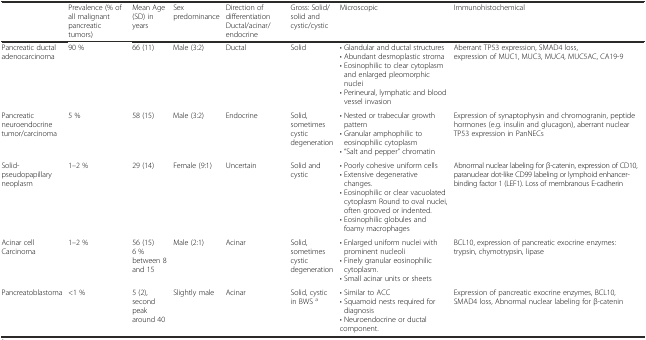
<table><thead><tr><td>[EMPTY_CELL]</td><td><b>Prevalence (% of all malignant pancreatic tumors)</b></td><td><b>Mean Age (SD) in years</b></td><td><b>Sex predominance</b></td><td><b>Direction of differentiation Ductal/acinar/endocrine</b></td><td><b>Gross: Solid/solid and cystic/cystic</b></td><td><b>Microscopic</b></td><td><b>Immunohistochemical</b></td></tr></thead><tbody><tr><td>Pancreatic ductal adenocarcinoma</td><td>90 %</td><td>66 (11)</td><td>Male (3:2)</td><td>Ductal</td><td>Solid</td><td>• Glandular and ductal structures• Abundant desmoplastic stroma• Eosinophilic to clear cytoplasm and enlarged pleomorphic nuclei• Perineural, lymphatic and blood vessel invasion</td><td>Aberrant TP53 expression, SMAD4 loss, expression of MUC1, MUC3, MUC4, MUC5AC, CA19-9</td></tr><tr><td>Pancreatic neuroendocrine tumor/carcinoma</td><td>5 %</td><td>58 (15)</td><td>Male (3:2)</td><td>Endocrine</td><td>Solid, sometimes cystic degeneration</td><td>• Nested or trabecular growth pattern• Granular amphophilic to eosinophilic cytoplasm• “Salt and pepper” chromatin</td><td>Expression of synaptophysin and chromogranin, peptide hormones (e.g. insulin and glucagon), aberrant nuclear TP53 expression in PanNECs</td></tr><tr><td>Solid-pseudopapillary neoplasm</td><td>1–2 %</td><td>29 (14)</td><td>Female (9:1)</td><td>Uncertain</td><td>Solid and cystic</td><td>• Poorly cohesive uniform cells• Extensive degenerative changes.• Eosinophilic or clear vacuolated cytoplasm Round to oval nuclei, often grooved or indented.• Eosinophilic globules and foamy macrophages</td><td>Abnormal nuclear labeling for β-catenin, expression of CD10, paranuclear dot-like CD99 labeling or lymphoid enhancer-binding factor 1 (LEF1). Loss of membranous E-cadherin</td></tr><tr><td>Acinar cell Carcinoma</td><td>1–2 %</td><td>56 (15) 6 % between 8 and 15</td><td>Male (2:1)</td><td>Acinar</td><td>Solid, sometimes cystic degeneration</td><td>• Enlarged uniform nuclei with prominent nucleoli• Finely granular eosinophilic cytoplasm.• Small acinar units or sheets</td><td>BCL10, expression of pancreatic exocrine enzymes: trypsin, chymotrypsin, lipase</td></tr><tr><td>Pancreatoblastoma</td><td>&lt;1 %</td><td>5 (2), second peak around 40</td><td>Slightly male</td><td>Acinar</td><td>Solid, cystic in BWS <sup>a</sup></td><td>• Similar to ACC• Squamoid nests required for diagnosis• Neuroendocrine or ductal component.</td><td>Expression of pancreatic exocrine enzymes, BCL10, SMAD4 loss, Abnormal nuclear labeling for β-catenin</td></tr></tbody></table>